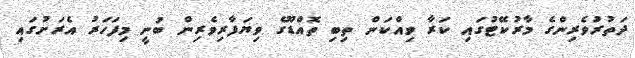
ދަތުރުވެރިންގެ މާރުކޭޓުގައި ކަރާ ވިއްކަން ތިބި ތޮއްޑޫގެ ވިޔަފާރިވެރިން ބުނީ މިފަހަރު އެރަށުގައި